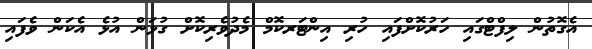
އެގޮތުން ލިފްޓްގައި ހަރުކޮށްފައި ހުރި އިންޓަރކޮމް މެދުވެރިކޮށް ގުޅަން އުޅެ އެކަން ވެފައި